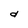
Character: d